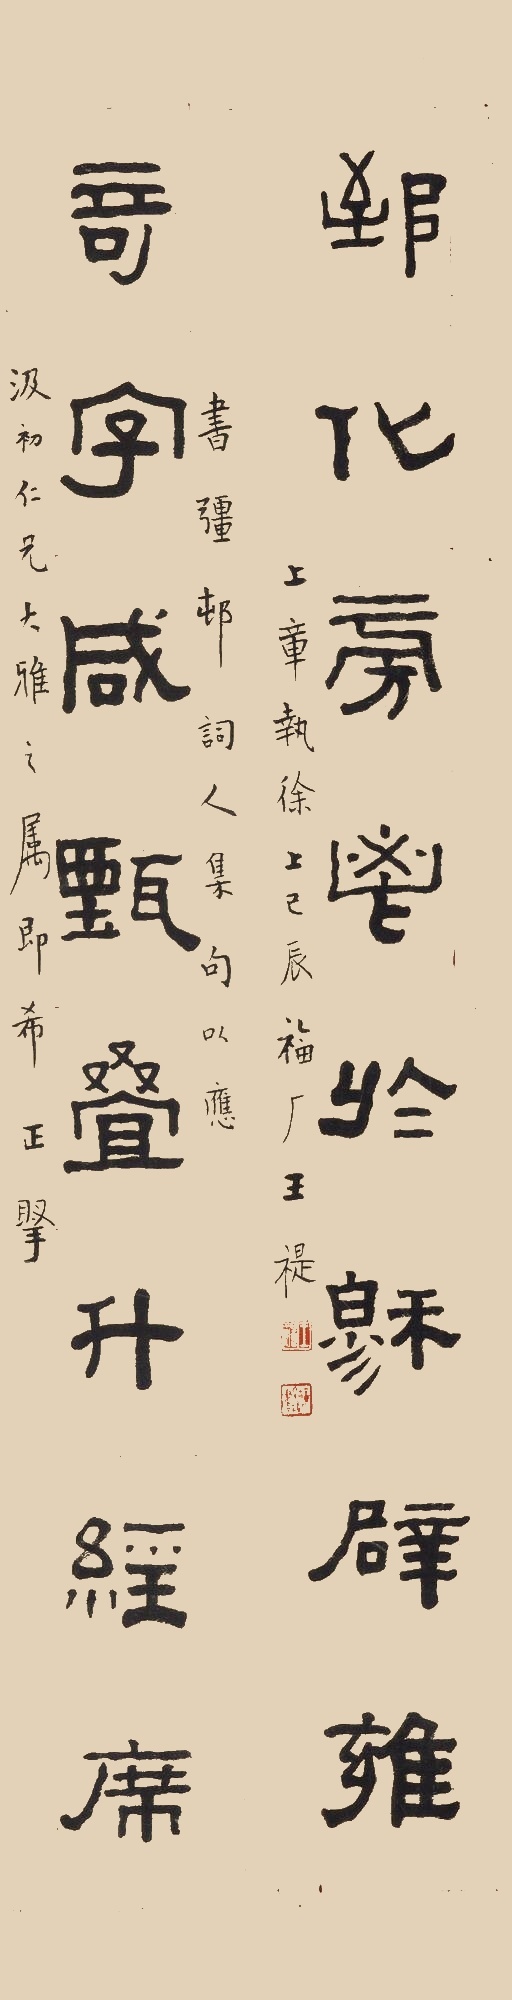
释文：奇字咸甄叠升经席，郅化旁鬯于穆辟雍。书疆邨词人集句以应，汲初仁兄大雅之属即希正腕。上章执徐上己辰福厂王褆。